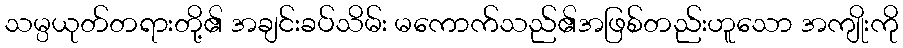
သမ္ပယုတ်တရားတို့၏ အချင်းခပ်သိမ်း မကောက်သည်၏အဖြစ်တည်းဟူသော အကျိုးကို